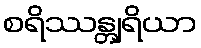
စရိဿန္တျရိယာ